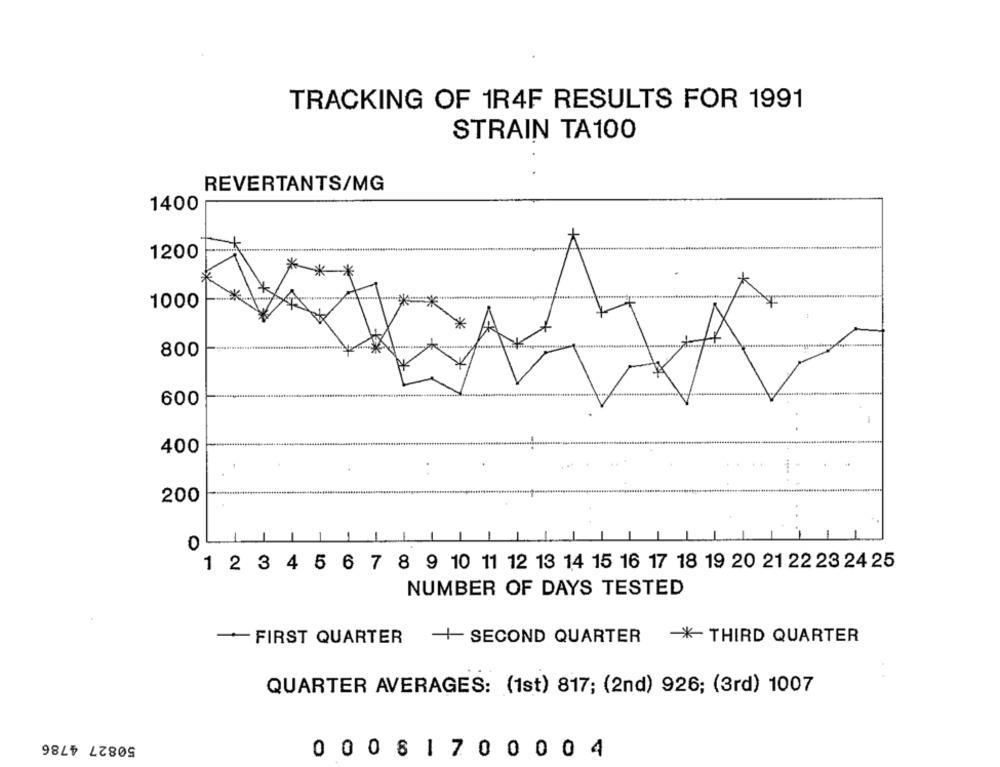
TRACKING OF 1R4F RESULTS FOR 1991
STRAIN TA100
REVERTANTS/MG
1400
1200
*
*
*
*
1000
*
800
600
400
1-
..
200
0
1 2 3 4 5 6 7 8 9 10 11 12 13 14 15 16 17 18 19 20 21 22 23 24 25
NUMBER OF DAYS TESTED
- FIRST QUARTER
+ SECOND QUARTER THIRD QUARTER
QUARTER AVERAGES: (1st) 817; (2nd) 926; (3rd) 1007
50827 4786
0 0 0 8 1 7 0 0 0 0 4